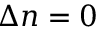
\Delta n = 0